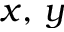
x , \, y